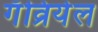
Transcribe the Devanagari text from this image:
गॅव्रियेल